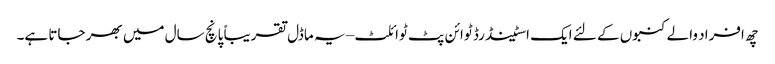
چھ افراد والے کنبوں کے لئے ایک اسٹینڈرڈ ٹوائن پٹ ٹوائلٹ – یہ ماڈل تقریباً پانچ سال میں بھر جاتا ہے۔